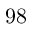
9 8